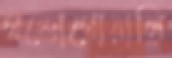
গন্ডোগোয়ালি